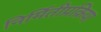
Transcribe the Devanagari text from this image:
निर्मितीप्रक्रिया